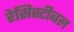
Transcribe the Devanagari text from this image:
रेसिस्टीबल